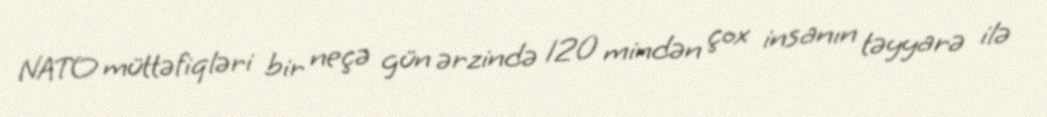
NATO müttəfiqləri bir neçə gün ərzində 120 mindən çox insanın təyyarə ilə